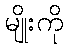
မျိုးကို